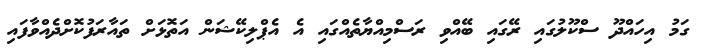
ގަމު އިހައްދޫ ސްކޫލުގައި ރޭގައި ބޭއްވި ރަސްމިއްޔާތެއްގައި އެ އެޕްލިކޭޝަން އަތޮޅަށް ތައާރަފުކޮށްދެއްވާފައި